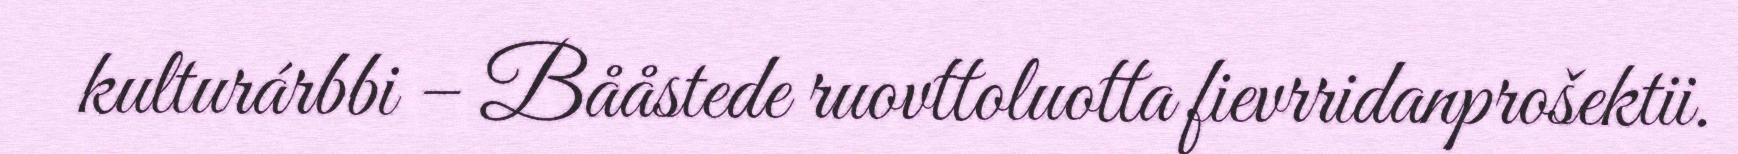
kulturárbbi – Bååstede ruovttoluotta fievrridanprošektii.